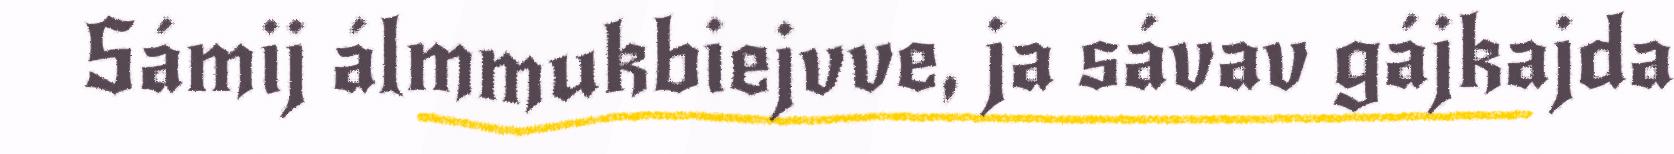
Sámij álmmukbiejvve, ja sávav gájkajda